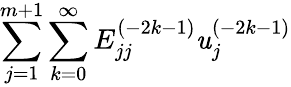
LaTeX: {\sum_{j=1}^{m+1}\sum_{k=0}^{\infty}E_{jj}^{(-2k-1)}\mathit{u}_{j}^{(-2k-1)}}